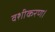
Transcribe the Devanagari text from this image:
वशीकरण।